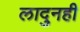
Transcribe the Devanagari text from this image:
लादुनही